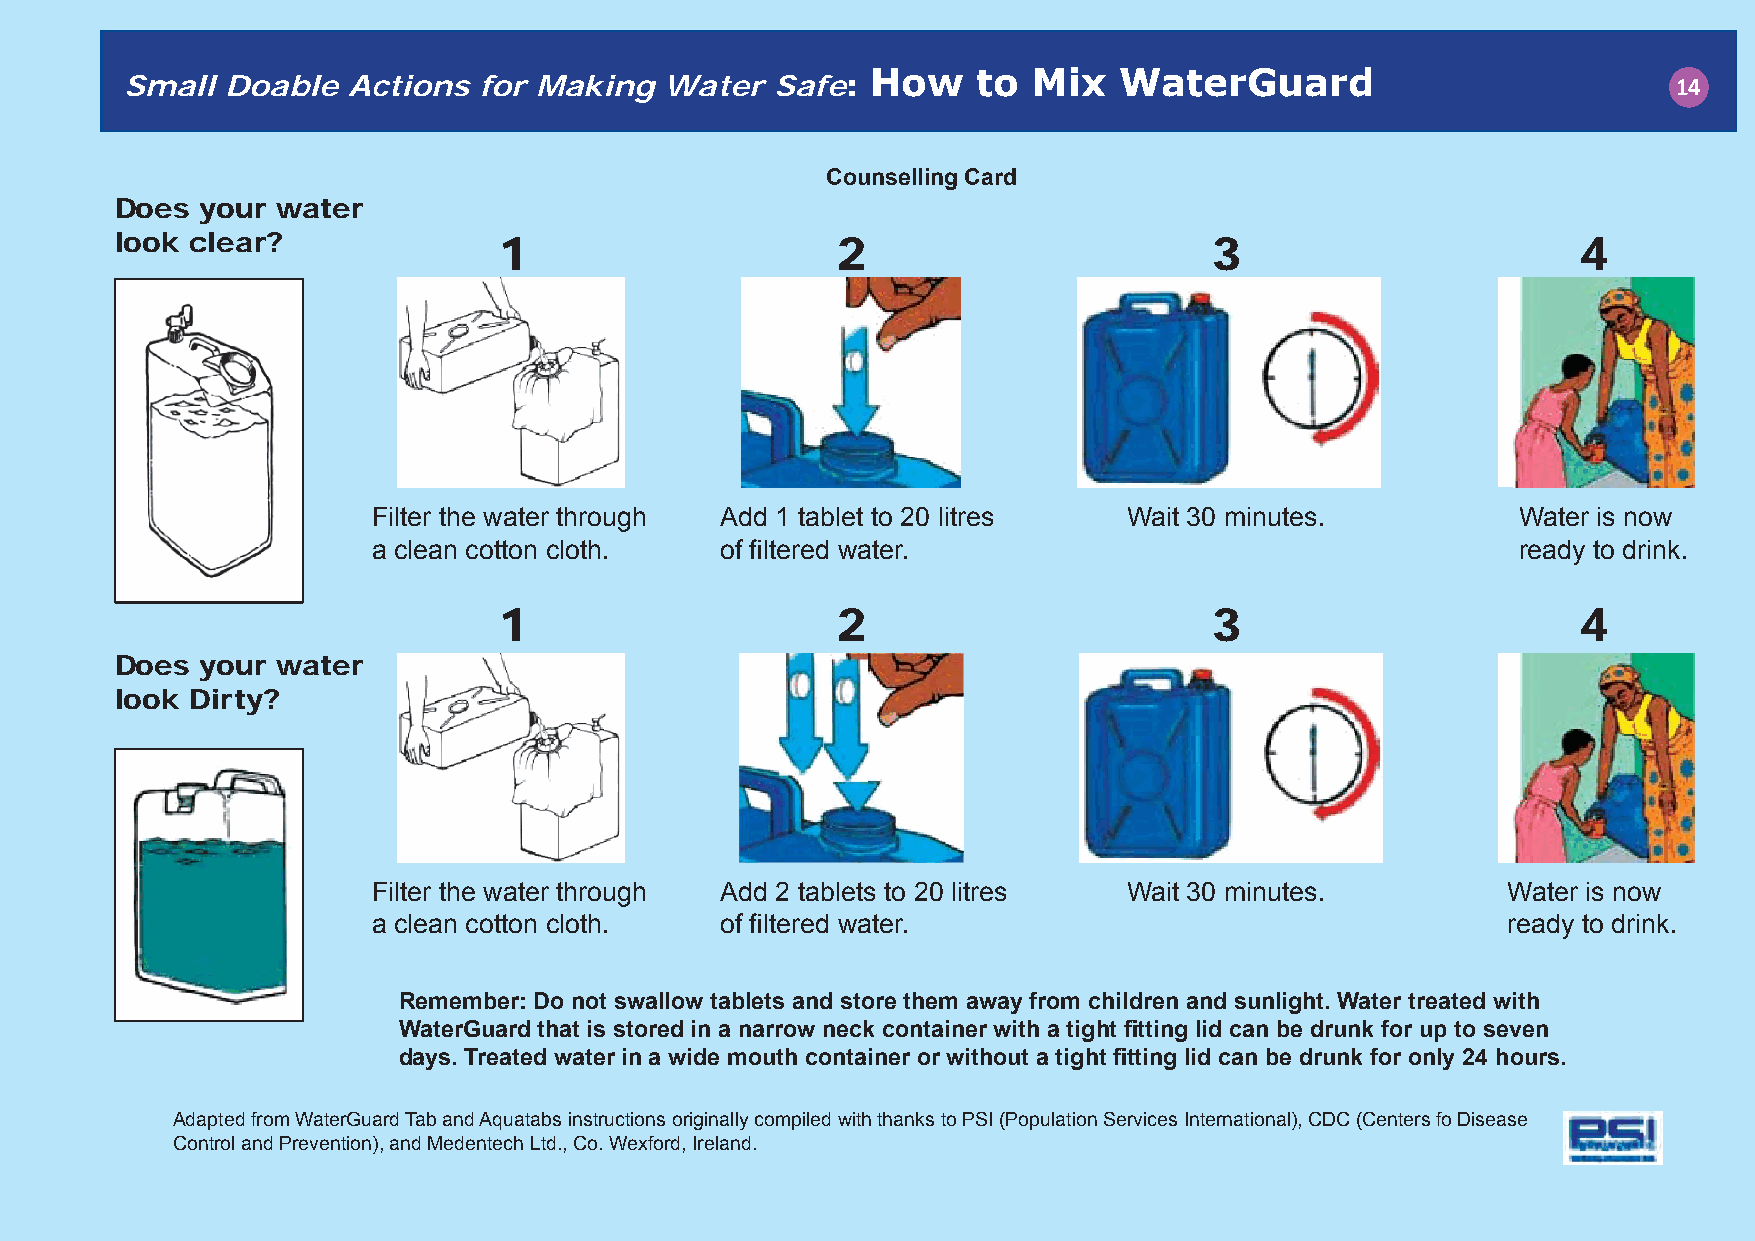
How    to Mix   WaterGuard
 Small  Doable  Actions  for Making  Water  Safe:                                                       14
 Counselling Card
 Does your water
 look clear?              1                     2                        3                       4
 Filter the water through Add 1 tablet to 20 litres Wait 30 minutes.        Water is now
 a clean cotton cloth.  of fi ltered water.                                 ready to drink.
 1                     2                        3                       4
 Does your water
 look Dirty?
 Filter the water through Add 2 tablets to 20 litres Wait 30 minutes.       Water is now
 a clean cotton cloth.  of fi ltered water.                                 ready to drink.
 Remember: Do not swallow tablets and store them away from children and sunlight. Water treated with
 WaterGuard that is stored in a narrow neck container with a tight fi tting lid can be drunk for up to seven
 days. Treated water in a wide mouth container or without a tight fi tting lid can be drunk for only 24 hours.
 Adapted from WaterGuard Tab and Aquatabs instructions originally compiled with thanks to PSI (Population Services International), CDC (Centers fo Disease
 Control and Prevention), and Medentech Ltd., Co. Wexford, Ireland.